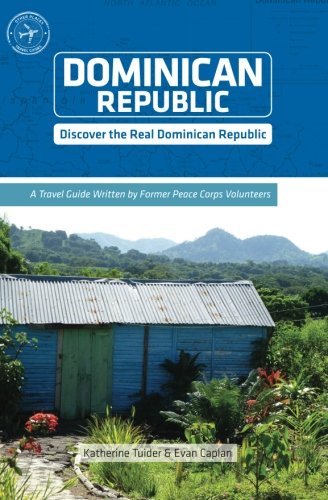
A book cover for Dominican Republic (Other Places Travel Guide); Katherine Tuider; Travel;